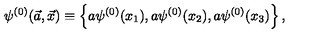
\psi ^ { ( 0 ) } ( \vec { a } , \vec { x } ) \equiv \left\{ a \psi ^ { ( 0 ) } ( x _ { 1 } ) , a \psi ^ { ( 0 ) } ( x _ { 2 } ) , a \psi ^ { ( 0 ) } ( x _ { 3 } ) \right\} ,